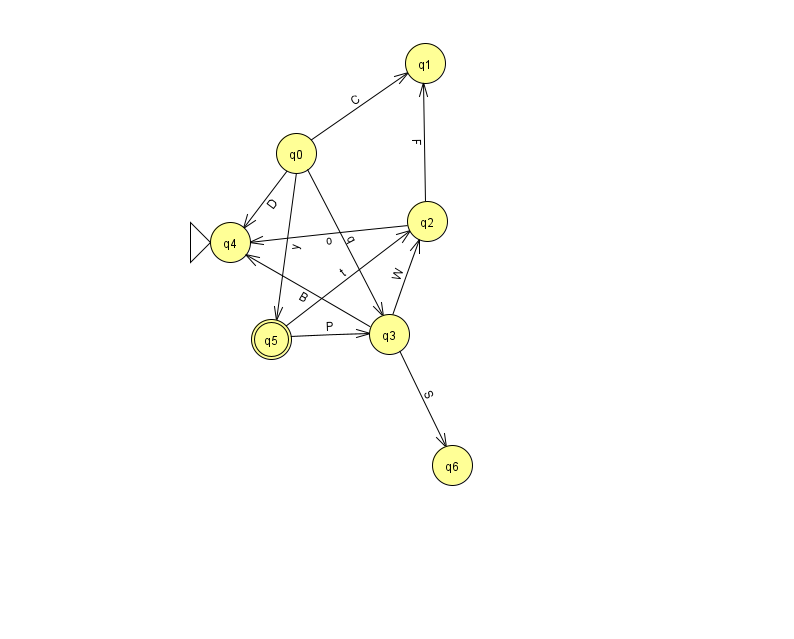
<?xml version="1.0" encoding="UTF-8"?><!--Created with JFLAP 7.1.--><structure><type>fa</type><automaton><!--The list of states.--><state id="0" name="q0"><x>296.0</x><y>140.0</y></state><state id="1" name="q1"><x>425.0</x><y>50.0</y></state><state id="2" name="q2"><x>427.0</x><y>208.0</y></state><state id="3" name="q3"><x>389.0</x><y>321.0</y></state><state id="4" name="q4"><x>230.0</x><y>229.0</y><initial/></state><state id="5" name="q5"><x>271.0</x><y>326.0</y><final/></state><state id="6" name="q6"><x>452.0</x><y>452.0</y></state><!--The list of transitions.--><transition><from>0</from><to>1</to><read>C</read></transition><transition><from>0</from><to>5</to><read>y</read></transition><transition><from>0</from><to>4</to><read>D</read></transition><transition><from>2</from><to>4</to><read>o</read></transition><transition><from>3</from><to>4</to><read>B</read></transition><transition><from>0</from><to>3</to><read>q</read></transition><transition><from>5</from><to>2</to><read>t</read></transition><transition><from>3</from><to>6</to><read>S</read></transition><transition><from>3</from><to>2</to><read>W</read></transition><transition><from>2</from><to>1</to><read>F</read></transition><transition><from>5</from><to>3</to><read>P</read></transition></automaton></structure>